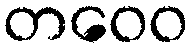
တဝေဝ